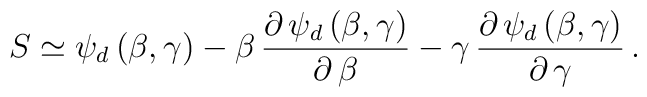
S \simeq \psi_d \, (\beta , \gamma) - \beta \, \frac{\partial \,\psi_d \, (\beta , \gamma)}{\partial \, \beta} - \gamma \,\frac{\partial \, \psi_d \, (\beta , \gamma)}{\partial \, \gamma} \, .